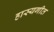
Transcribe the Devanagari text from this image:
हास्यगीत